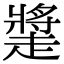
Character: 𧽩